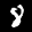
Label: 8